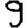
Digit: 9